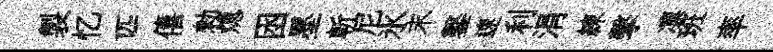
製忆匹僖勑熄囦墨斬尼氷末鑿速利涓練擊凛班率